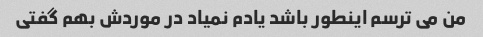
من می ترسم اینطور باشد یادم نمیاد در موردش بهم گفتی